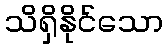
သိရှိနိုင်သော